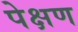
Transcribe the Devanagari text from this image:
पेक्षण